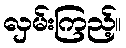
လှမ်းကြည့်။